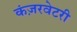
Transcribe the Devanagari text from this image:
कंज़रवेटरी